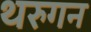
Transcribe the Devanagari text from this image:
थरुगन